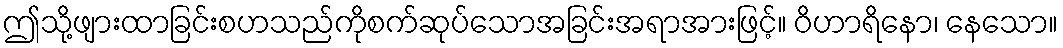
ဤသို့ဖျားထာခြင်းစဟသည်ကိုစက်ဆုပ်သောအခြင်းအရာအားဖြင့်။ ဝိဟာရိနော၊ နေသော။